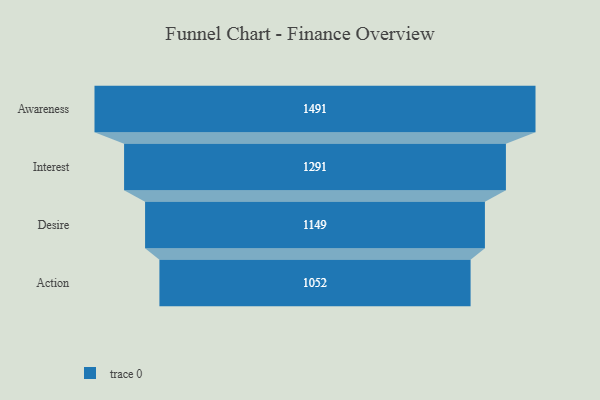
{"axis": {"x": "Stage", "y": "Value"}, "legend": [""], "data": [{"x": "Awareness", "y": 1491.0, "type": ""}, {"x": "Interest", "y": 1291.0, "type": ""}, {"x": "Desire", "y": 1149.0, "type": ""}, {"x": "Action", "y": 1052.0, "type": ""}]}